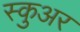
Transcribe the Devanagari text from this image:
स्कुअर